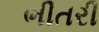
ભીતરી